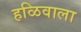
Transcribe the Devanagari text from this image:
हळिवाला